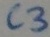
Text: C3